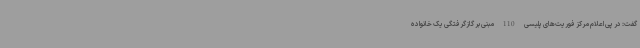
گفت: در پی اعلام مرکز فوریت‌های پلیسی 110 مبنی بر گازگرفتگی یک خانواده